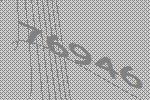
76946